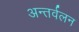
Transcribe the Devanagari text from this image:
अन्तर्वलन